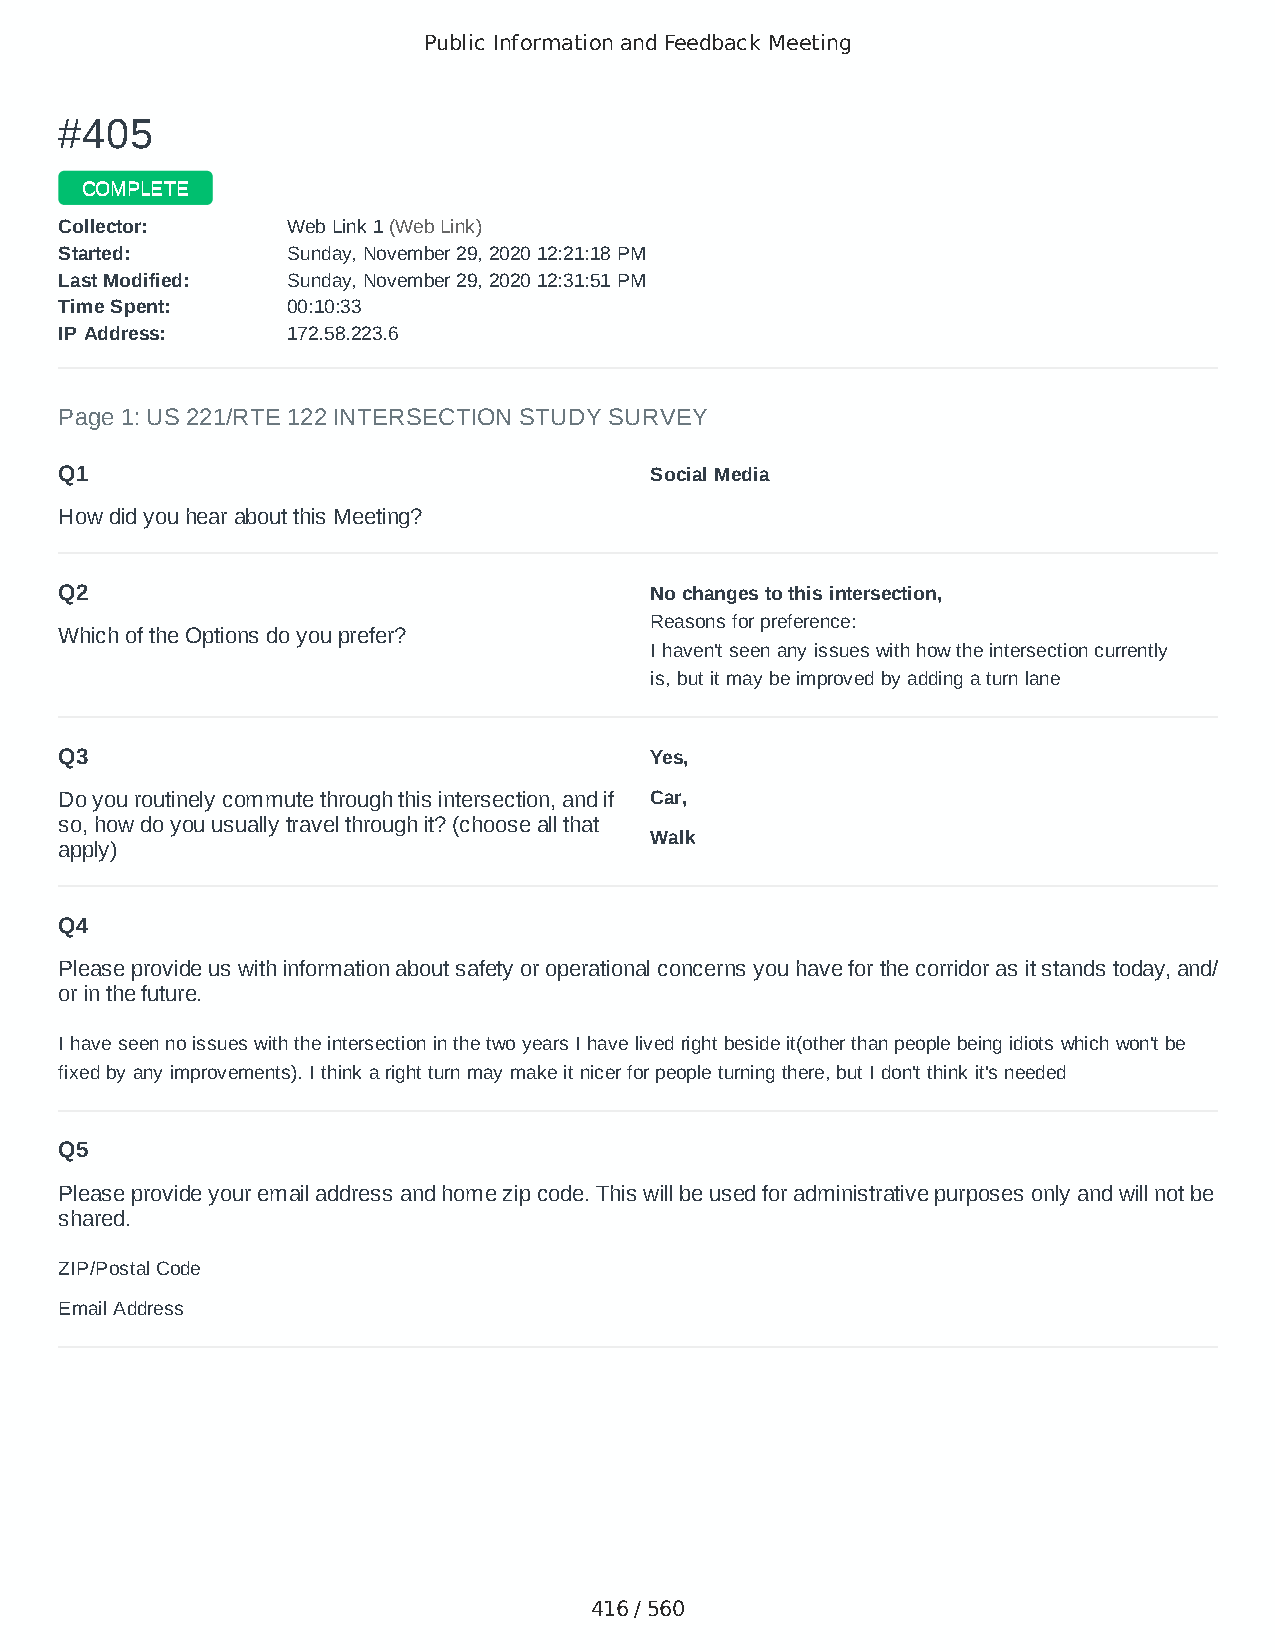
Public Information and Feedback Meeting
 ##440055
 CCOOMMPPLLEETTEE
 CCoolllleeccttoorr:: WWeebb LLiinnkk 11 ((WWeebb LLiinnkk))
 SSttaarrtteedd:: SSuunnddaayy,, NNoovveemmbbeerr 2299,, 22002200 1122::2211::1188 PPMM
 LLaasstt MMooddiiffiieedd:: SSuunnddaayy,, NNoovveemmbbeerr 2299,, 22002200 1122::3311::5511 PPMM
 TTiimmee SSppeenntt:: 0000::1100::3333
 IIPP AAddddrreessss:: 117722..5588..222233..66
 Page 1: US 221/RTE 122 INTERSECTION STUDY SURVEY
 Q1                                     Social Media
 How did you hear about this Meeting?
 Q2                                     No changes to this intersection,
 Reasons for preference:
 Which of the Options do you prefer?
 I haven't seen any issues with how the intersection currently
 is, but it may be improved by adding a turn lane
 Q3                                     Yes,
 Do you routinely commute through this intersection, and if Car,
 so, how do you usually travel through it? (choose all that
 Walk
 apply)
 Q4
 Please provide us with information about safety or operational concerns you have for the corridor as it stands today, and/
 or in the future.
 I have seen no issues with the intersection in the two years I have lived right beside it(other than people being idiots which won't be
 fixed by any improvements). I think a right turn may make it nicer for people turning there, but I don't think it's needed
 Q5
 Please provide your email address and home zip code. This will be used for administrative purposes only and will not be
 shared.
 ZIP/Postal Code                        24523
 Email Address                          Oddball_218@yahoo.Com
 416 / 560